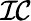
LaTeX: \mathcal{IC}